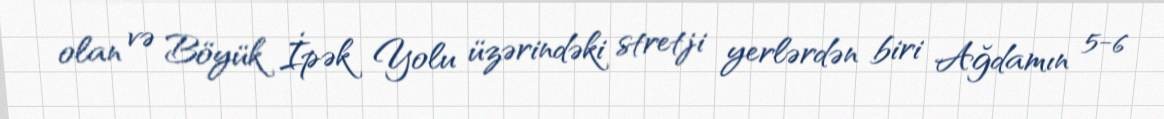
olan və Böyük İpək Yolu üzərindəki stretji yerlərdən biri Ağdamın 5-6